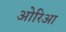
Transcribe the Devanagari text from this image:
ओरिआ